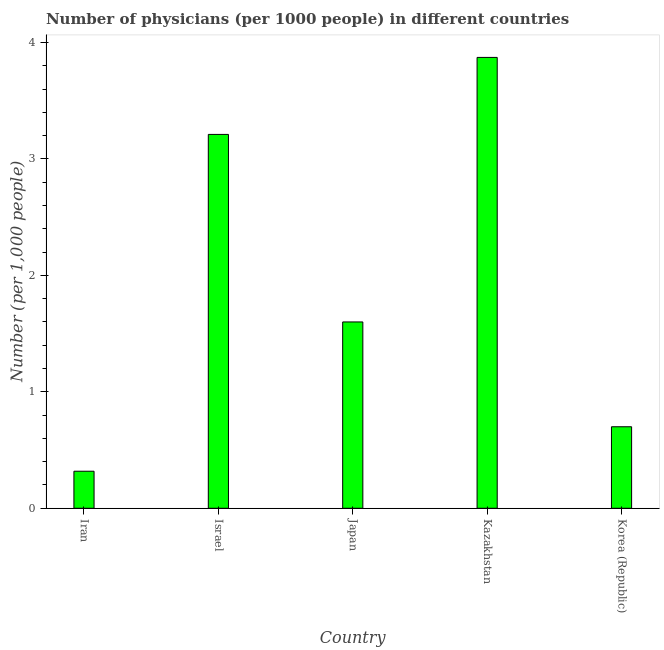
| Country | Physicians |
 | --- | --- |
 | Iran | 0.318 |
 | Israel | 3.21 |
 | Japan | 1.6 |
 | Kazakhstan | 3.87 |
 | Korea (Republic) | 0.7 |